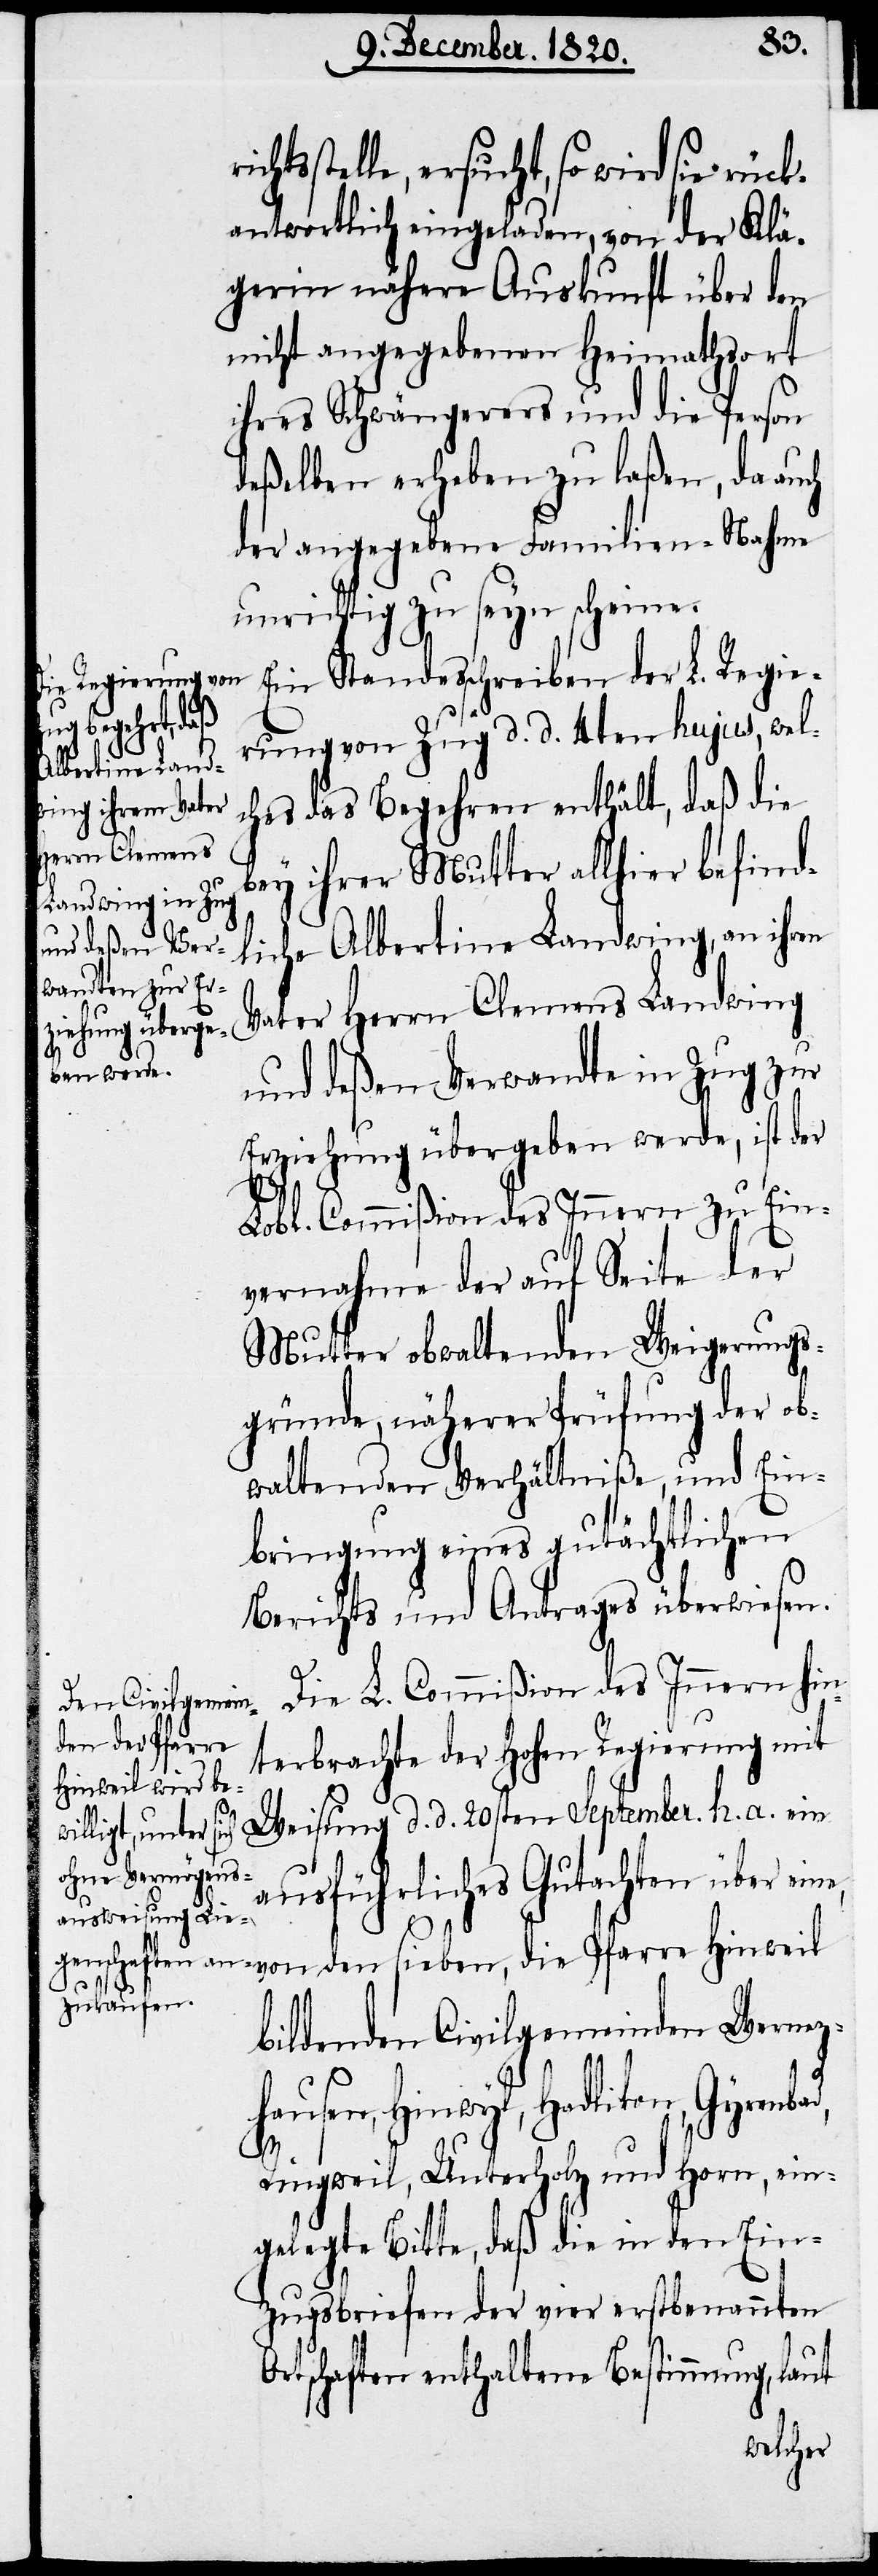
stelle, ersucht, so wird sie rück¬
antwortlich eingeladen, von der Klä¬
gerin nähere Auskunft über den
nicht angegebenen Heimathsort
ihres Schwängerers und die Person
deßelben erheben zu laßen, da auch
der angegebene Familien-Nahme
unrichtig zu seyn scheine.
Ein Standesschreiben der L. Regie¬
rung von Zug d. d. 4ten hujus, wel¬
ches das Begehren enthält, daß die
bey ihrer Mutter allhier befind¬
liche Albertine Landwing, an ihren
Vater Herrn Clemens Landwing
und deßen Verwandte in Zug zur
Erziehung übergeben werde, ist der
hts¬
Lobl. Commißion des Innern zu Ein¬
vernahme der auf Seite der
Mutter obwaltenden Weigerungs¬
gründe, während Prüfung der ob¬
waltenden Verhältniße, und Ein¬
bringung eines gutächtlichen
Berichts und Antrages überwiesen.
Die L. Commißion des Innern hin¬
terbrachte der hohen Regierung mit
Weisung d. d. 20sten September h. a. ein
ausführliches Gutachten über eine,
von den sieben, die Pfarre Hinweil
bildenden Civilgemeinden Wernez¬
hausen, Hinwyl, Hadlikon, Gyrenba¬
d,
Ringweil, Unterholz und Horn, ein¬
gelegte Bitte, daß die in den Ein¬
zugsbriefen der vier erstbenannten
Ortschaften enthaltene Bestimmung, laut